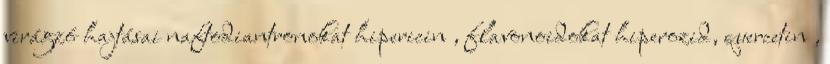
virágzó hajtásai naftodiantronokat hipericin , flavonoidokat hiperozid, quercetin ,